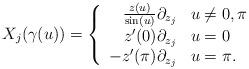
LaTeX: \begin{align*}X_j(\gamma(u))=\left\{\begin{array}{rl}\frac{z(u)}{\sin(u)}\partial_{z_j} & u\ne0,\pi \\z'(0)\partial_{z_j} & u=0 \\-z'(\pi)\partial_{z_j} & u=\pi.\end{array}\right.\end{align*}